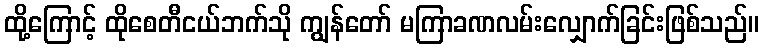
ထို့ကြောင့် ထိုစေတီငယ်ဘက်သို ကျွန်တော် မကြာခဏလမ်းလျှောက်ခြင်းဖြစ်သည်။